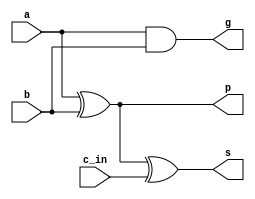
module full_adder(
    input a,
    input b,
    input c_in,
    output p,
    output g,
    output s
);

assign p = a ^ b;
assign g = a & b;
assign s = p ^ c_in;

endmodule